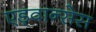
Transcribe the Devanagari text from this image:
एड्वान्सेस